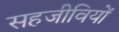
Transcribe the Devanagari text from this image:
सहजीवियों